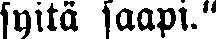
syitä saapi."